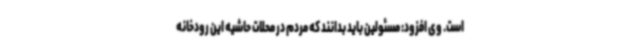
است. وی افزود: مسئولین باید بدانند که مردم در محلات حاشیه این رودخانه